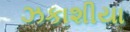
ઝકાશીયા